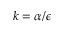
k = \alpha / \epsilon